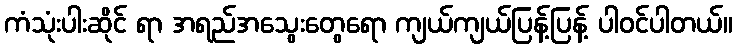
ကံသုံးပါးဆိုင် ရာ အရည်အသွေးတွေရော ကျယ်ကျယ်ပြန့်ပြန့် ပါဝင်ပါတယ်။